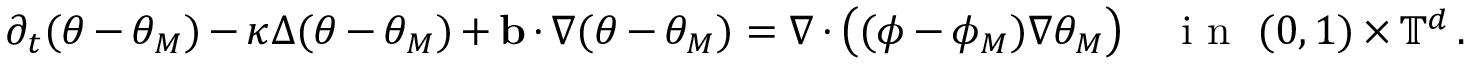
\partial _ { t } ( \theta - \theta _ { M } ) - \kappa \Delta ( \theta - \theta _ { M } ) + \ensuremath { \mathbf { b } } \cdot \nabla ( \theta - \theta _ { M } ) = \nabla \cdot \bigl ( ( \phi - \phi _ { M } ) \nabla \theta _ { M } \bigr ) \quad \mathrm { ~ i ~ n ~ } \ ( 0 , 1 ) \times \ensuremath { \mathbb { T } } ^ { d } \, .